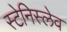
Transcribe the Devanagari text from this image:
स्टेनिस्लेव